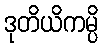
ဒုတိယိကမ္ပိ